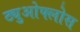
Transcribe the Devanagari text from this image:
ट्युओफ्लोस